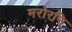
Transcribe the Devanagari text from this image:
मरोरनि